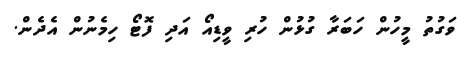
ވަގުތު މީހުން ހަބަރާ ގުޅުން ހުުރި ވީޑިއޯ އަދި ފޮޓޯ ހިމެނުން އެދެން.